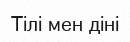
Тілі мен діні